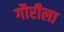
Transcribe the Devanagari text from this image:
गौरीला